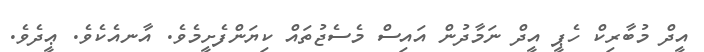
އީދް މުބާރިކް ހެޕީ އީދް ނަމާދުން އައިސް މެސެޖުތައް ކިޔަންފެށީމެވެ. އާނއެކެވެ. ޢީދެވެ.